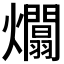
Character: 𤒻